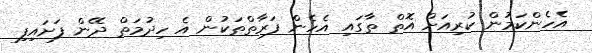
އެހެންކަމުން ކުރިއަށް އޮތް ތާގައި އެހެން ފަރާތްތަކުން އެ ހިދުމަތް ދޭން ފަށައިފި